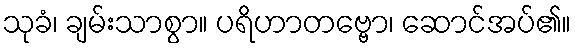
သုခံ၊ ချမ်းသာစွာ။ ပရိဟာတဗ္ဗော၊ ဆောင်အပ်၏။